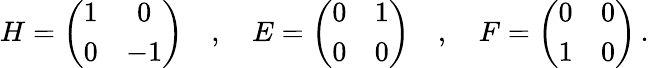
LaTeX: H=\left(\begin{array}{cc}{{1}}&{{0}}\\ {{0}}&{{-1}}\end{array}\right)\quad,\quad E=\left(\begin{array}{cc}{{0}}&{{1}}\\ {{0}}&{{0}}\end{array}\right)\quad,\quad F=\left(\begin{array}{cc}{{0}}&{{0}}\\ {{1}}&{{0}}\end{array}\right)\, .